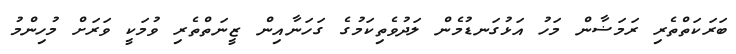
ބަރަކަތްތެރި ރަމަޟާން މަހު އަޅުގަނޑުމެން ލަދުވެތިކަމުގެ ގަހަނާއިން ޒީނަތްތެރި ވުމަކީ ވަރަށް މުހިންމު